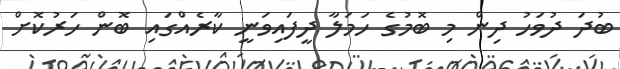
ބުދަ ދުވަހު ދިން މި ބޮމުގެ ހަމަލާ ދީފައިވަނީ ކާރެއްގައި ބޮން ހަރުކޮށް